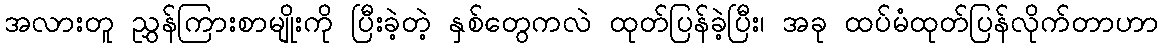
အလားတူ ညွှန်ကြားစာမျိုးကို ပြီးခဲ့တဲ့ နှစ်တွေကလဲ ထုတ်ပြန်ခဲ့ပြီး၊ အခု ထပ်မံထုတ်ပြန်လိုက်တာဟာ